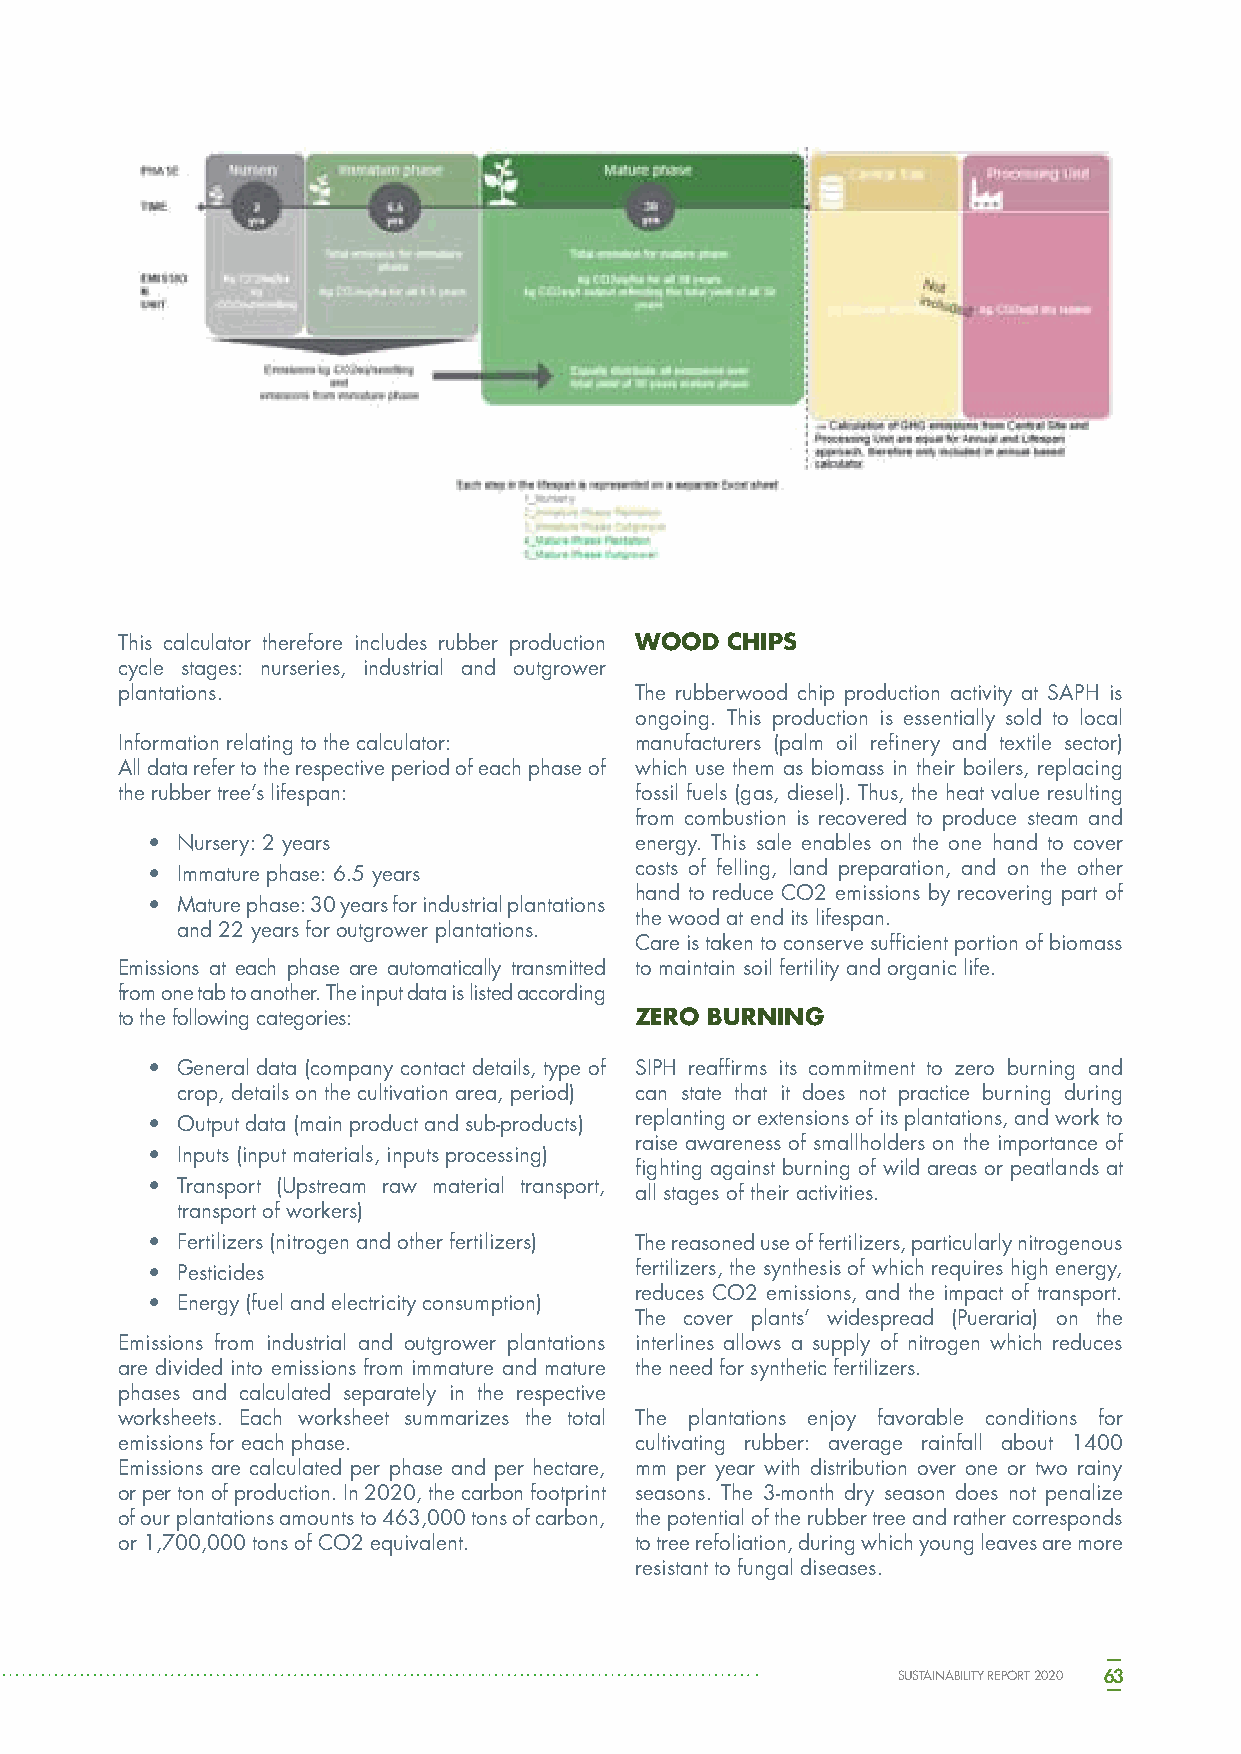
This calculator therefore includes rubber production WOOD CHIPS
 cycle stages: nurseries, industrial and outgrower
 plantations.                      The rubberwood chip production activity at SAPH is
 ongoing. This production is essentially sold to local
 Information relating to the calculator: manufacturers (palm oil refinery and textile sector)
 All data refer to the respective period of each phase of which use them as biomass in their boilers, replacing
 the rubber tree’s lifespan:       fossil fuels (gas, diesel). Thus, the heat value resulting
 from combustion is recovered to produce steam and
 • Nursery: 2 years              energy. This sale enables on the one hand to cover
 • Immature phase: 6.5 years     costs of felling, land preparation, and on the other
 hand to reduce CO2 emissions by recovering part of
 • Mature phase: 30 years for industrial plantations
 the wood at end its lifespan.
 and 22 years for outgrower plantations.
 Care is taken to conserve sufficient portion of biomass
 Emissions at each phase are automatically transmitted to maintain soil fertility and organic life.
 from one tab to another. The input data is listed according
 to the following categories:      ZERO BURNING
 • General data (company contact details, type of SIPH reaffirms its commitment to zero burning and
 crop, details on the cultivation area, period) can state that it does not practice burning during
 • Output data (main product and sub-products) replanting or extensions of its plantations, and work to
 raise awareness of smallholders on the importance of
 • Inputs (input materials, inputs processing)
 fighting against burning of wild areas or peatlands at
 • Transport (Upstream raw material transport,
 all stages of their activities.
 transport of workers)
 • Fertilizers (nitrogen and other fertilizers) The reasoned use of fertilizers, particularly nitrogenous
 • Pesticides                    fertilizers, the synthesis of which requires high energy,
 reduces CO2 emissions, and the impact of transport.
 • Energy (fuel and electricity consumption)
 The cover plants’ widespread (Pueraria) on the
 Emissions from industrial and outgrower plantations interlines allows a supply of nitrogen which reduces
 are divided into emissions from immature and mature the need for synthetic fertilizers.
 phases and calculated separately in the respective
 worksheets. Each worksheet summarizes the total The plantations enjoy favorable conditions for
 emissions for each phase.         cultivating rubber: average rainfall about 1400
 Emissions are calculated per phase and per hectare, mm per year with distribution over one or two rainy
 or per ton of production. In 2020, the carbon footprint seasons. The 3-month dry season does not penalize
 of our plantations amounts to 463,000 tons of carbon, the potential of the rubber tree and rather corresponds
 or 1,700,000 tons of CO2 equivalent. to tree refoliation, during which young leaves are more
 resistant to fungal diseases.
 SUSTAINABILITY REPORT 2020 63